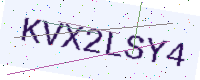
Text: KVX2LSY4